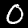
Digit: 0